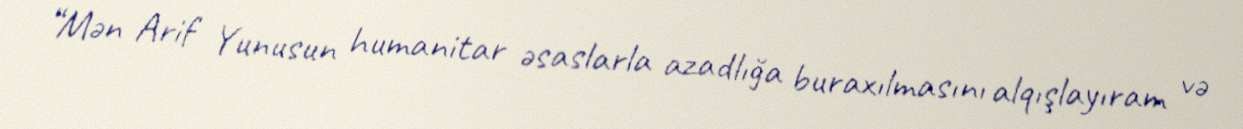
“Mən Arif Yunusun humanitar əsaslarla azadlığa buraxılmasını alqışlayıram və